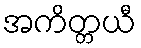
အကိတ္တယီ